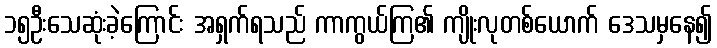
၁၅ဦးသေဆုံးခဲ့ကြောင်း အရှက်ရသည် ကာကွယ်ကြ၏ ကျိုးလုတစ်ယောက် ဒေသမှနေ၍